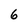
Character: 6